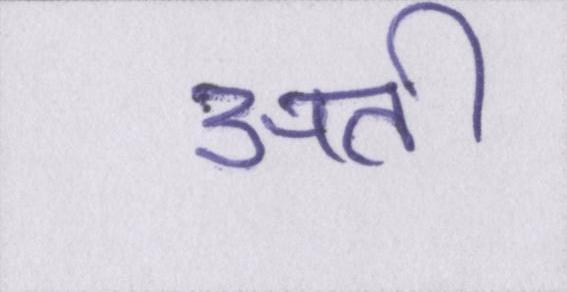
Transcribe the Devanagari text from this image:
अती